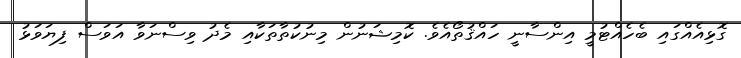
ގޮޅިއެއްގައި ބެހެއްޓުމީ އިންސާނީ ހައްޤުތޯއެވެ. ކޮމިޝަނުން މިނުކުތާތަކާއި މެދު ވިސްނަވާ އަވަސް ފިޔަވަޅު